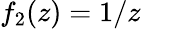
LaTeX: f_{2}(z)=1/z\quad